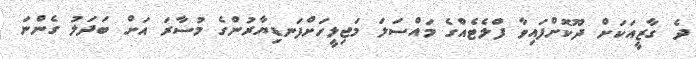
ދެ ގާޒީއަކަށް ދޫކޮށްފައިވާ ފްލެޓެއްގެ މައްސަލަ މަޖިލީހަށްފަނޑިޔާރުންގެ މުސާރަ އަށް ބަދަލު ގެންނަ